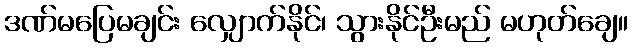
ဒဏ်မပြေမချင်း လျှောက်နိုင်၊ သွားနိုင်ဦးမည် မဟုတ်ချေ။